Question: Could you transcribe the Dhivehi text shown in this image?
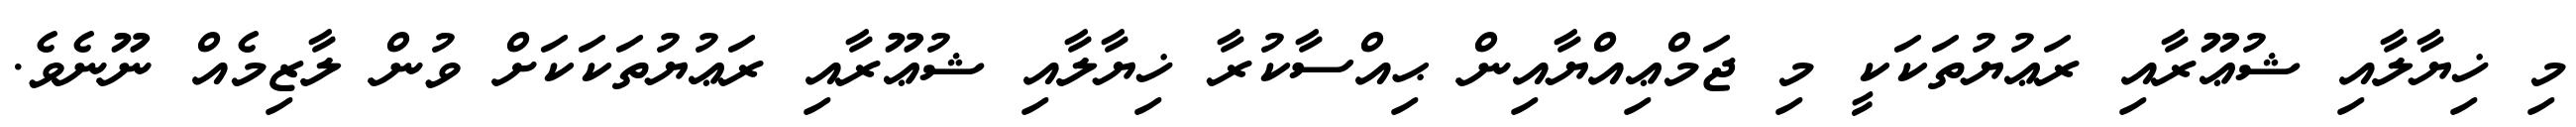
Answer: މި ޚިޔާލާއި ޝުޢޫރާއި ރަޢުޔުތަކަކީ މި ޖަމްޢިއްޔާއިން ޙިއްސާކުރާ ޚިޔާލާއި ޝުޢޫރާއި ރަޢުޔުތަކަކަށް ވުން ލާޒިމެއް ނޫނެވެ.